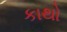
કાથો